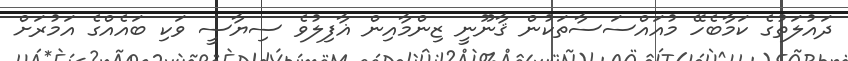
ދައުލަތުގެ ކަމާބެހޭ މުއައްސަސާތަކުން ޤާނޫނީ ޒިންމާއިން ޣާފިލުވެ ސިޔާސީ ވަކި ބައެއްގެ އަމުރަށް